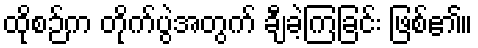
ထိုစဉ်က တိုက်ပွဲအတွက် ချီခဲ့ကြခြင်း ဖြစ်၏။